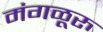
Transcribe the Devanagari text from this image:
मंगळूरु